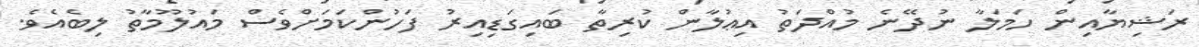
ރަޝިޔާއިން ހަމަލާ ނުދޭނެ މުއްދަތު އިޢުލާން ކުރިތާ ބައިގަޑިއިރު ފަހުންކަމަށްވެސް މައުލޫމާތު ލިބެއެވެ.